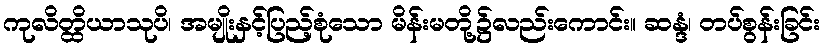
ကုလိတ္ထိယာသုပိ၊ အမျိုးနှင့်ပြည့်စုံသော မိန်းမတို့၌လည်းကောင်း။ ဆန္ဒံ၊ တပ်စွန်းခြင်း